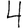
Digit: 4